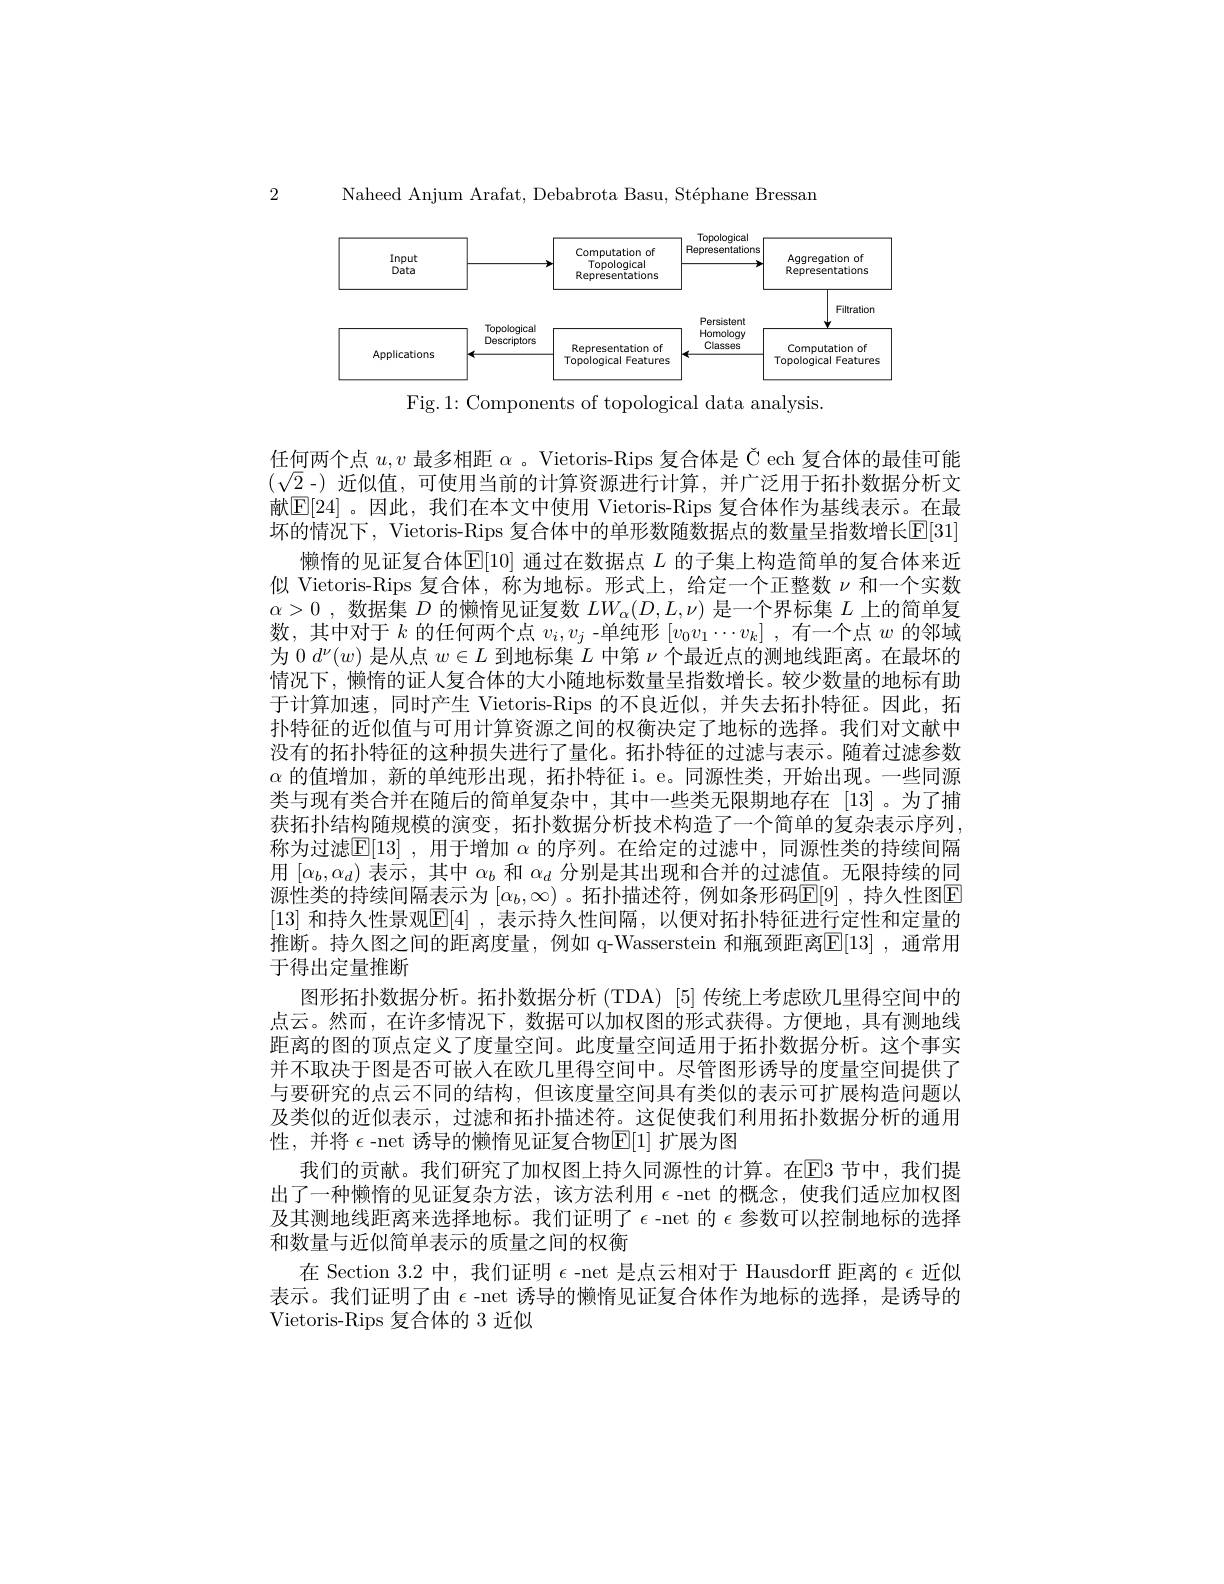
Naheed Anjum Arafat, Debabrota Basu, Stéphane Bressan

2

<FigureHere>

Fig. 1: Components of topological data analysis.

任何两个点$u,v$最多相距$\alpha$ 。Vietoris-Rips 复合体是 Č ech 复合体的最佳可能$(\sqrt{2}-)$近似值，可使用当前的计算资源进行计算，并广泛用于拓扑数据分析文献$\boxed{\mathbb{E}[24]}$。因此，我们在本文中使用 Vietoris-Rips 复合体作为基线表示。在最坏的情况下，Vietoris-Rips 复合体中的单形数随数据点的数量呈指数增长$\mathbb{E}|$31
懒惰的见证复合体$\mathbb{E}[10]$通过在数据点$L$的子集上构造简单的复合体来近似 Vietoris-Rips 复合体，称为地标。形式上，给定一个正整数$\nu$和一个实数$\alpha > 0$ , 数据集$D$的懒惰见证复数$LW_\alpha(D,L,\nu)$是一个界标集$L$上的简单复数，其中对于$k$的任何两个点$v_i,v_j$ -单纯形$[v_0v_1\cdots v_k]$ ,有一个点$w$的邻域为 0 $d^\nu(w)$是从点$w\in L$到地标集$L$中第$\nu$个最近点的测地线距离。在最坏的情况下，懒惰的证人复合体的大小随地标数量呈指数增长。较少数量的地标有助于计算加速，同时产生 Vietoris-Rips 的不良近似，并失去拓扑特征。因此，拓扑特征的近似值与可用计算资源之间的权衡决定了地标的选择。我们对文献中没有的拓扑特征的这种损失进行了量化。拓扑特征的过滤与表示。随着过滤参数$\alpha$的值增加，新的单纯形出现，拓扑特征 i。e。同源性类，开始出现。一些同源类与现有类合并在随后的简单复杂中，其中一些类无限期地存在[13]。为了捕获拓扑结构随规模的演变，拓扑数据分析技术构造了一个简单的复杂表示序列， 称为过滤$\mathbb{E}[13]$ ,用于增加 $\alpha$ 的序列。在给定的过滤中，同源性类的持续间隔用$[\alpha_b,\alpha_d)$表示，其中$\alpha_b$和$\alpha_d$分别是其出现和合并的过滤值。无限持续的同源性类的持续间隔表示为 $[\alpha_b,\infty)$ 。拓扑描述符，例如条形码$\mathbb{E}[9]$ ,持久性图$\mathbb{E}$ [13] 和持久性景观$\mathbb{E}[4]$ ,表示持久性间隔，以便对拓扑特征进行定性和定量的推断。持久图之间的距离度量，例如 q-Wasserstein 和瓶颈距离E[13] ,通常用于得出定量推断
图形拓扑数据分析。拓扑数据分析 (TDA) [5] 传统上考虑欧几里得空间中的点云。然而，在许多情况下，数据可以加权图的形式获得。方便地，具有测地线距离的图的顶点定义了度量空间。此度量空间适用于拓扑数据分析。这个事实并不取决于图是否可嵌人在欧几里得空间中。尽管图形诱导的度量空间提供了与要研究的点云不同的结构，但该度量空间具有类似的表示可扩展构造问题以及类似的近似表示，过滤和拓扑描述符。这促使我们利用拓扑数据分析的通用性，并将 $\epsilon$ -net 诱导的懒惰见证复合物$\mathbb{E}[1]$ 扩展为图
我们的贡献。我们研究了加权图上持久同源性的计算。在$\mathbb{E}$3 节中，我们提出了一种懒惰的见证复杂方法，该方法利用$\epsilon$ -net 的概念，使我们适应加权图及其测地线距离来选择地标。我们证明了$\epsilon$-net 的$\epsilon$参数可以控制地标的选择和数量与近似简单表示的质量之间的权衡
在 Section 3.2 中，我们证明$\epsilon$ -net 是点云相对于 Hausdorff 距离的$\epsilon$近似表示。我们证明了由$\epsilon$ -net 诱导的懒惰见证复合体作为地标的选择，是诱导的Vietoris-Rips 复合体的 3 近似